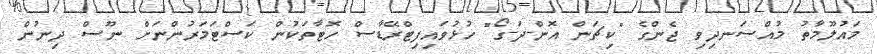
މައުލޫމާތު މުއްސަނދިވި ޖެންގެ "ކިޗަން އޮން-ދަ-ގޯ" ހުޅުވައިފިޓްރޭޑާސް ހޮޓާތަކުން ކަސްޓަމަރުންނަށް ނޫސް ދިނުން